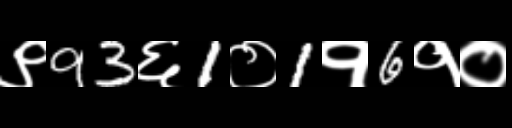
Text: ९93६1०1१6१०